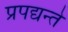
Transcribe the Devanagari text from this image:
प्रपद्यन्ते